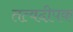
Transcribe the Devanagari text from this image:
तत्वदीपक